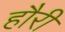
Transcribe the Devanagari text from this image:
हौरी